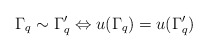
\begin{align*}\Gamma_{q} \sim \Gamma'_{q} \Leftrightarrow u(\Gamma_{q}) =u(\Gamma'_{q}) \end{align*}